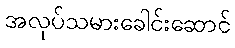
အလုပ်သမားခေါင်းဆောင်